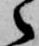
之